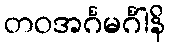
တဝအင်္ဂမင်္ဂါနိ